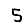
Digit: 5